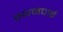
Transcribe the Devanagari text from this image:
स्थनपाई